Vabadussoja_Ajaloo_Komitee, lk 57
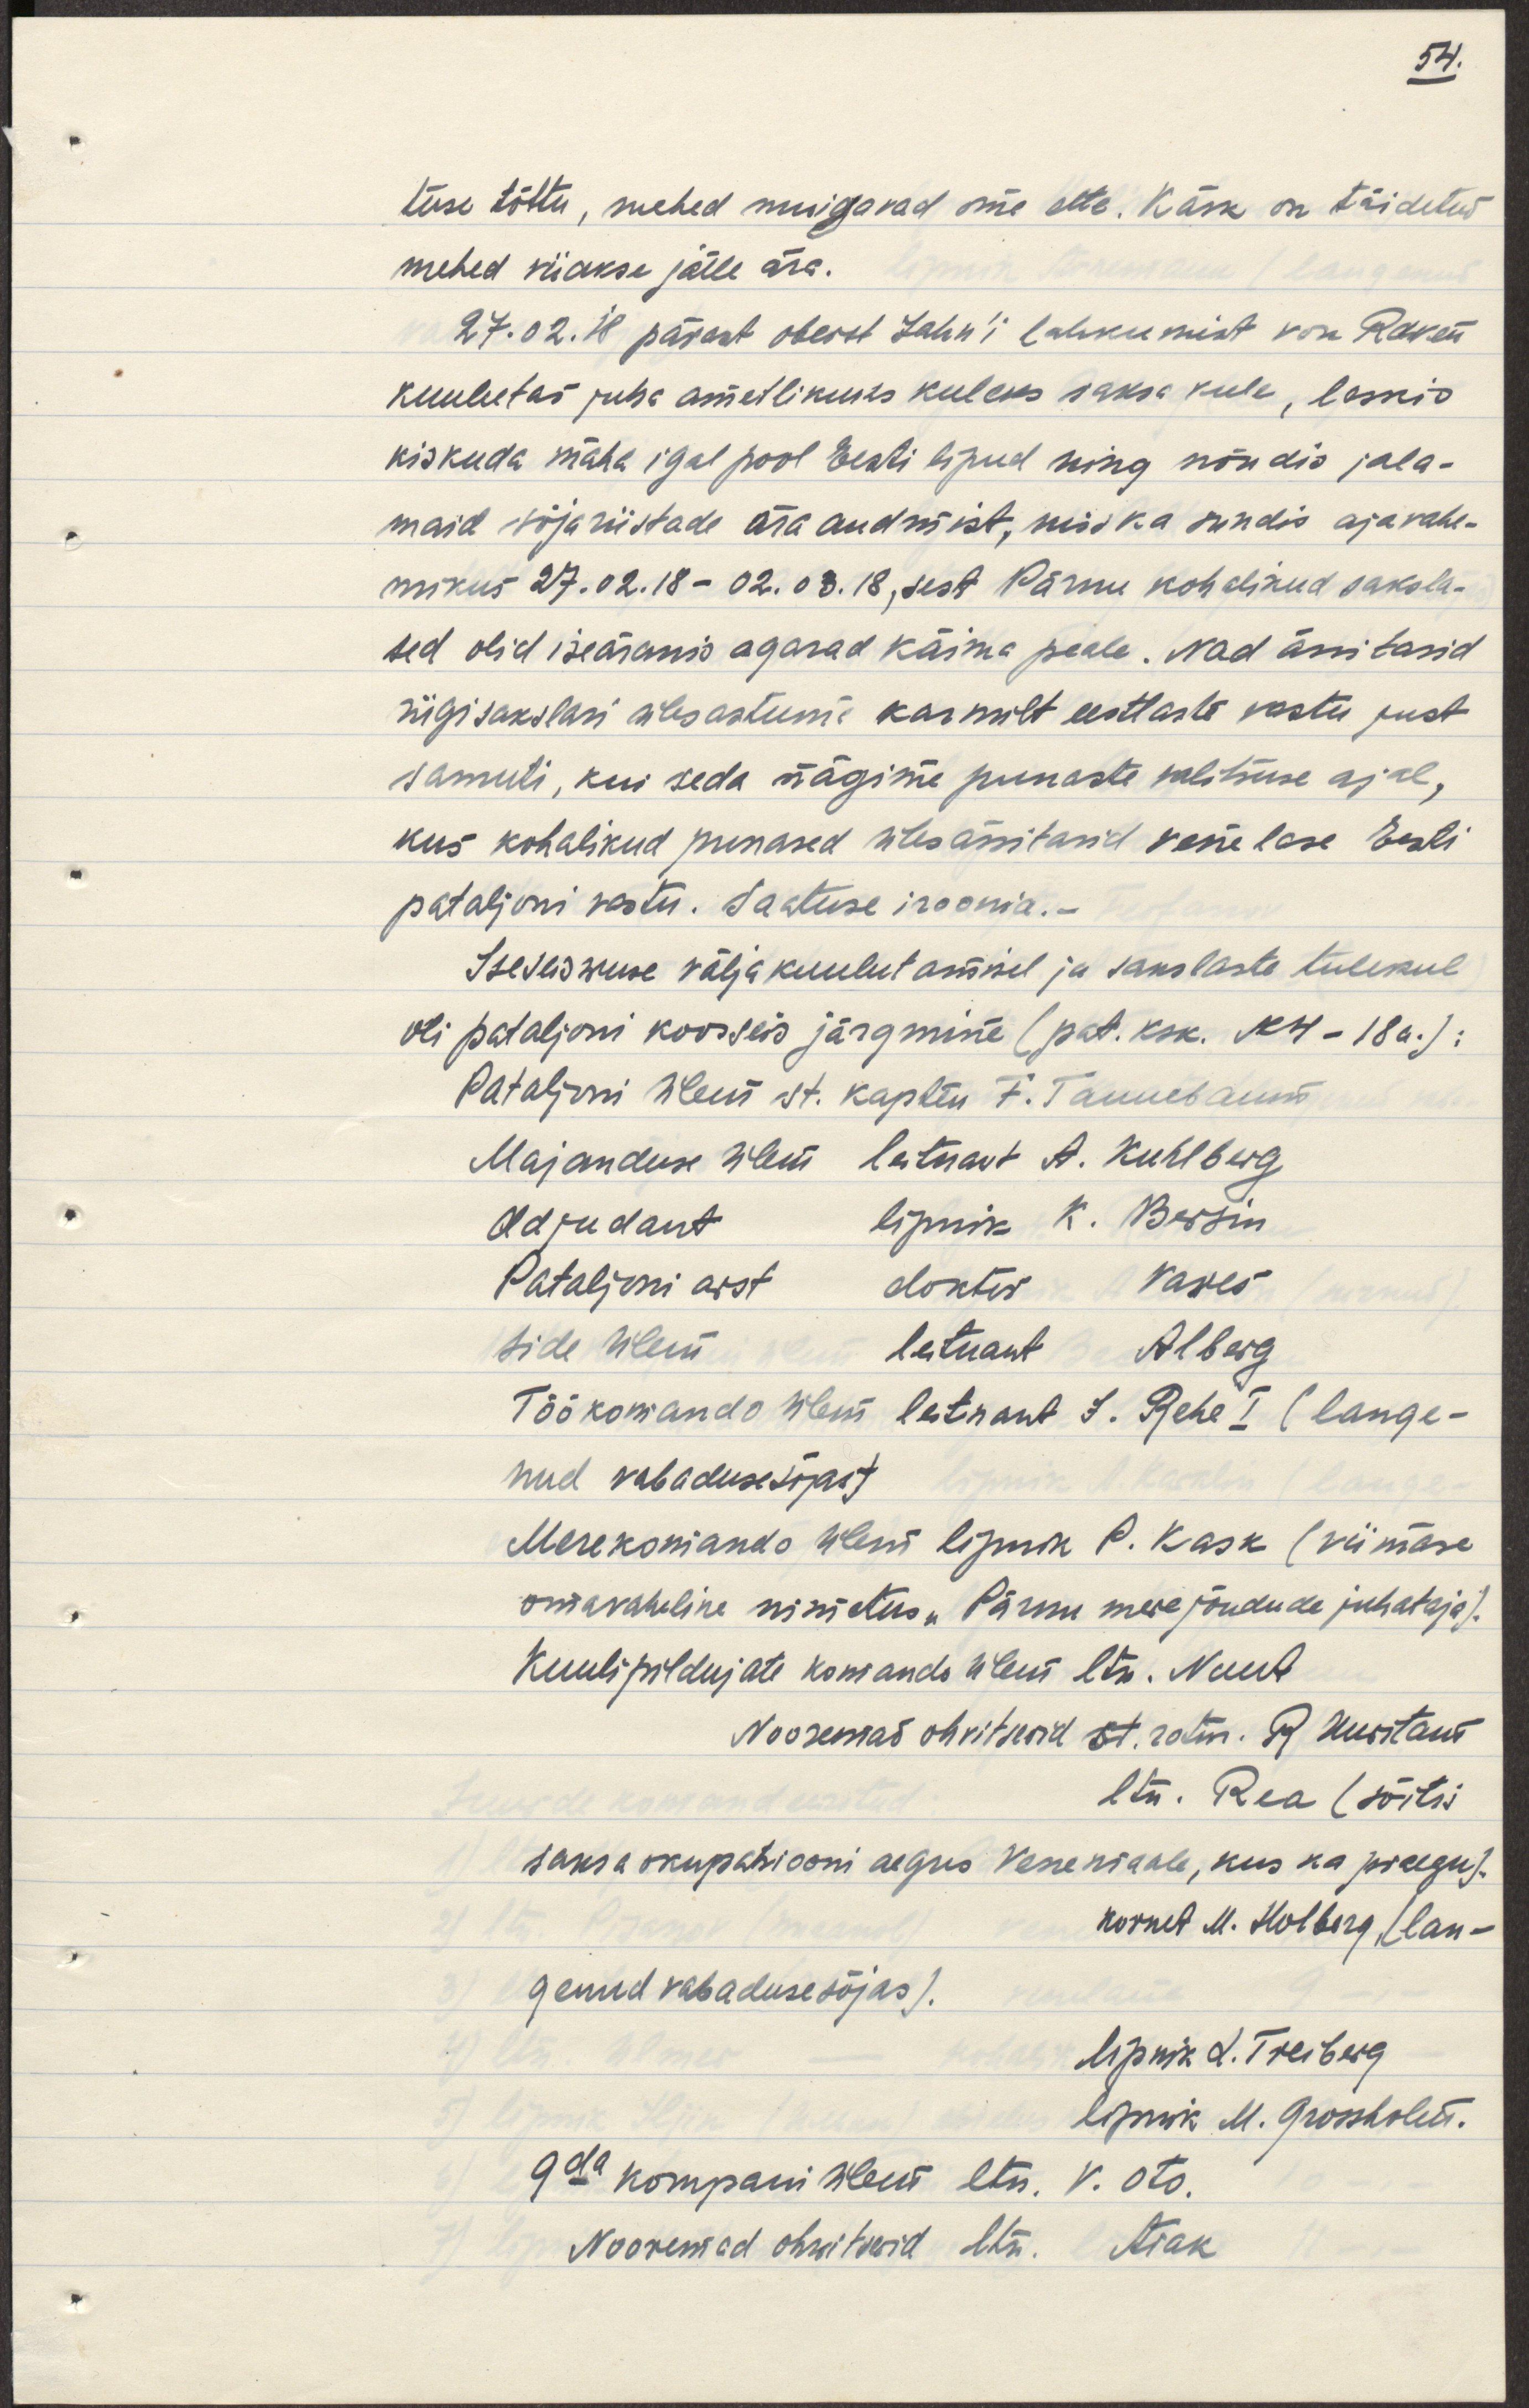
tuse tõttu, mehed muigavad oma ette. Käsk on täidetud
mehed viiakse jälle ära.
27.02.18 pärast oberst Jahn'i lahkumist von Rosen
kuulutas juba ametlikuks keeleks saksa keele, laskis 
kiskuda maha igal pool Eesti lipud ning nõudis jala-
maid sõjariistade ära andmist, mis ka sundis ajavahe-
mikus 27.02.18-02.03.18, sest Pärnu kodanikud saksla-
sed olid iseäranis agarad käima peale. Nad ärritasid
riigisakslasi ülestuma karmilt eestlaste vastu just
samuti, kui seda nägime punaste valitsuse ajal,
kus kohalikud punased ülesässitasid venelase Eesti
pataljoni vastu. Saatuse iroonia.-
Iseseiswuse väljakuulutamisel ja sakslaste tulekul
oli pataljoni koosseis järgmine (pat. ksk. N 4-18 a.):
Pataljoni ülem st. kapten F. Tammebaum
Majanduse ülem leitnant A. Kuhlberg
adjudant lipnik K. Berzin
Pataljoni arst doktor Vares
side ülem leitnant Alberg
Töökomando ülem leitnant J. Rehe I (lange-
nud vabadusesõjas)
Merekomando ülem lipnik P. Kask (viimase 
omavaheline nimetus "Pärnu merejõudude juhataja).
Kuulipildujate komando ülem ltn. Nuut
Nooremad ohvitserid st. ratsn. R. Kustaw
ltn. Rea (sõitis
saksa okupatsiooni aegus Venemaale, kus ka praegu).
kornet. M. Holberg, (lan-
genud vabadusesõjas).
lipnik L. Treiberg
lipnik M. Grossholen.
9da kompani ülem ltn. V. Ots.
Nooremad ohwitserid ltn. Asak